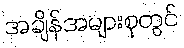
အချိန်အများစုတွင်